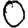
Digit: 0